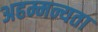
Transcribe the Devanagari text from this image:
अहम्मन्यता